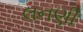
લનણી